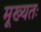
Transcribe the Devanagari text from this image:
मूख्यतः